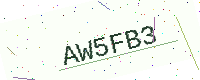
Text: AW5FB3